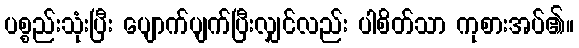
ပစ္စည်းသုံးပြီး ပျောက်ပျက်ပြီးလျှင်လည်း ပါစိတ်သာ ကုစားအပ်၏။